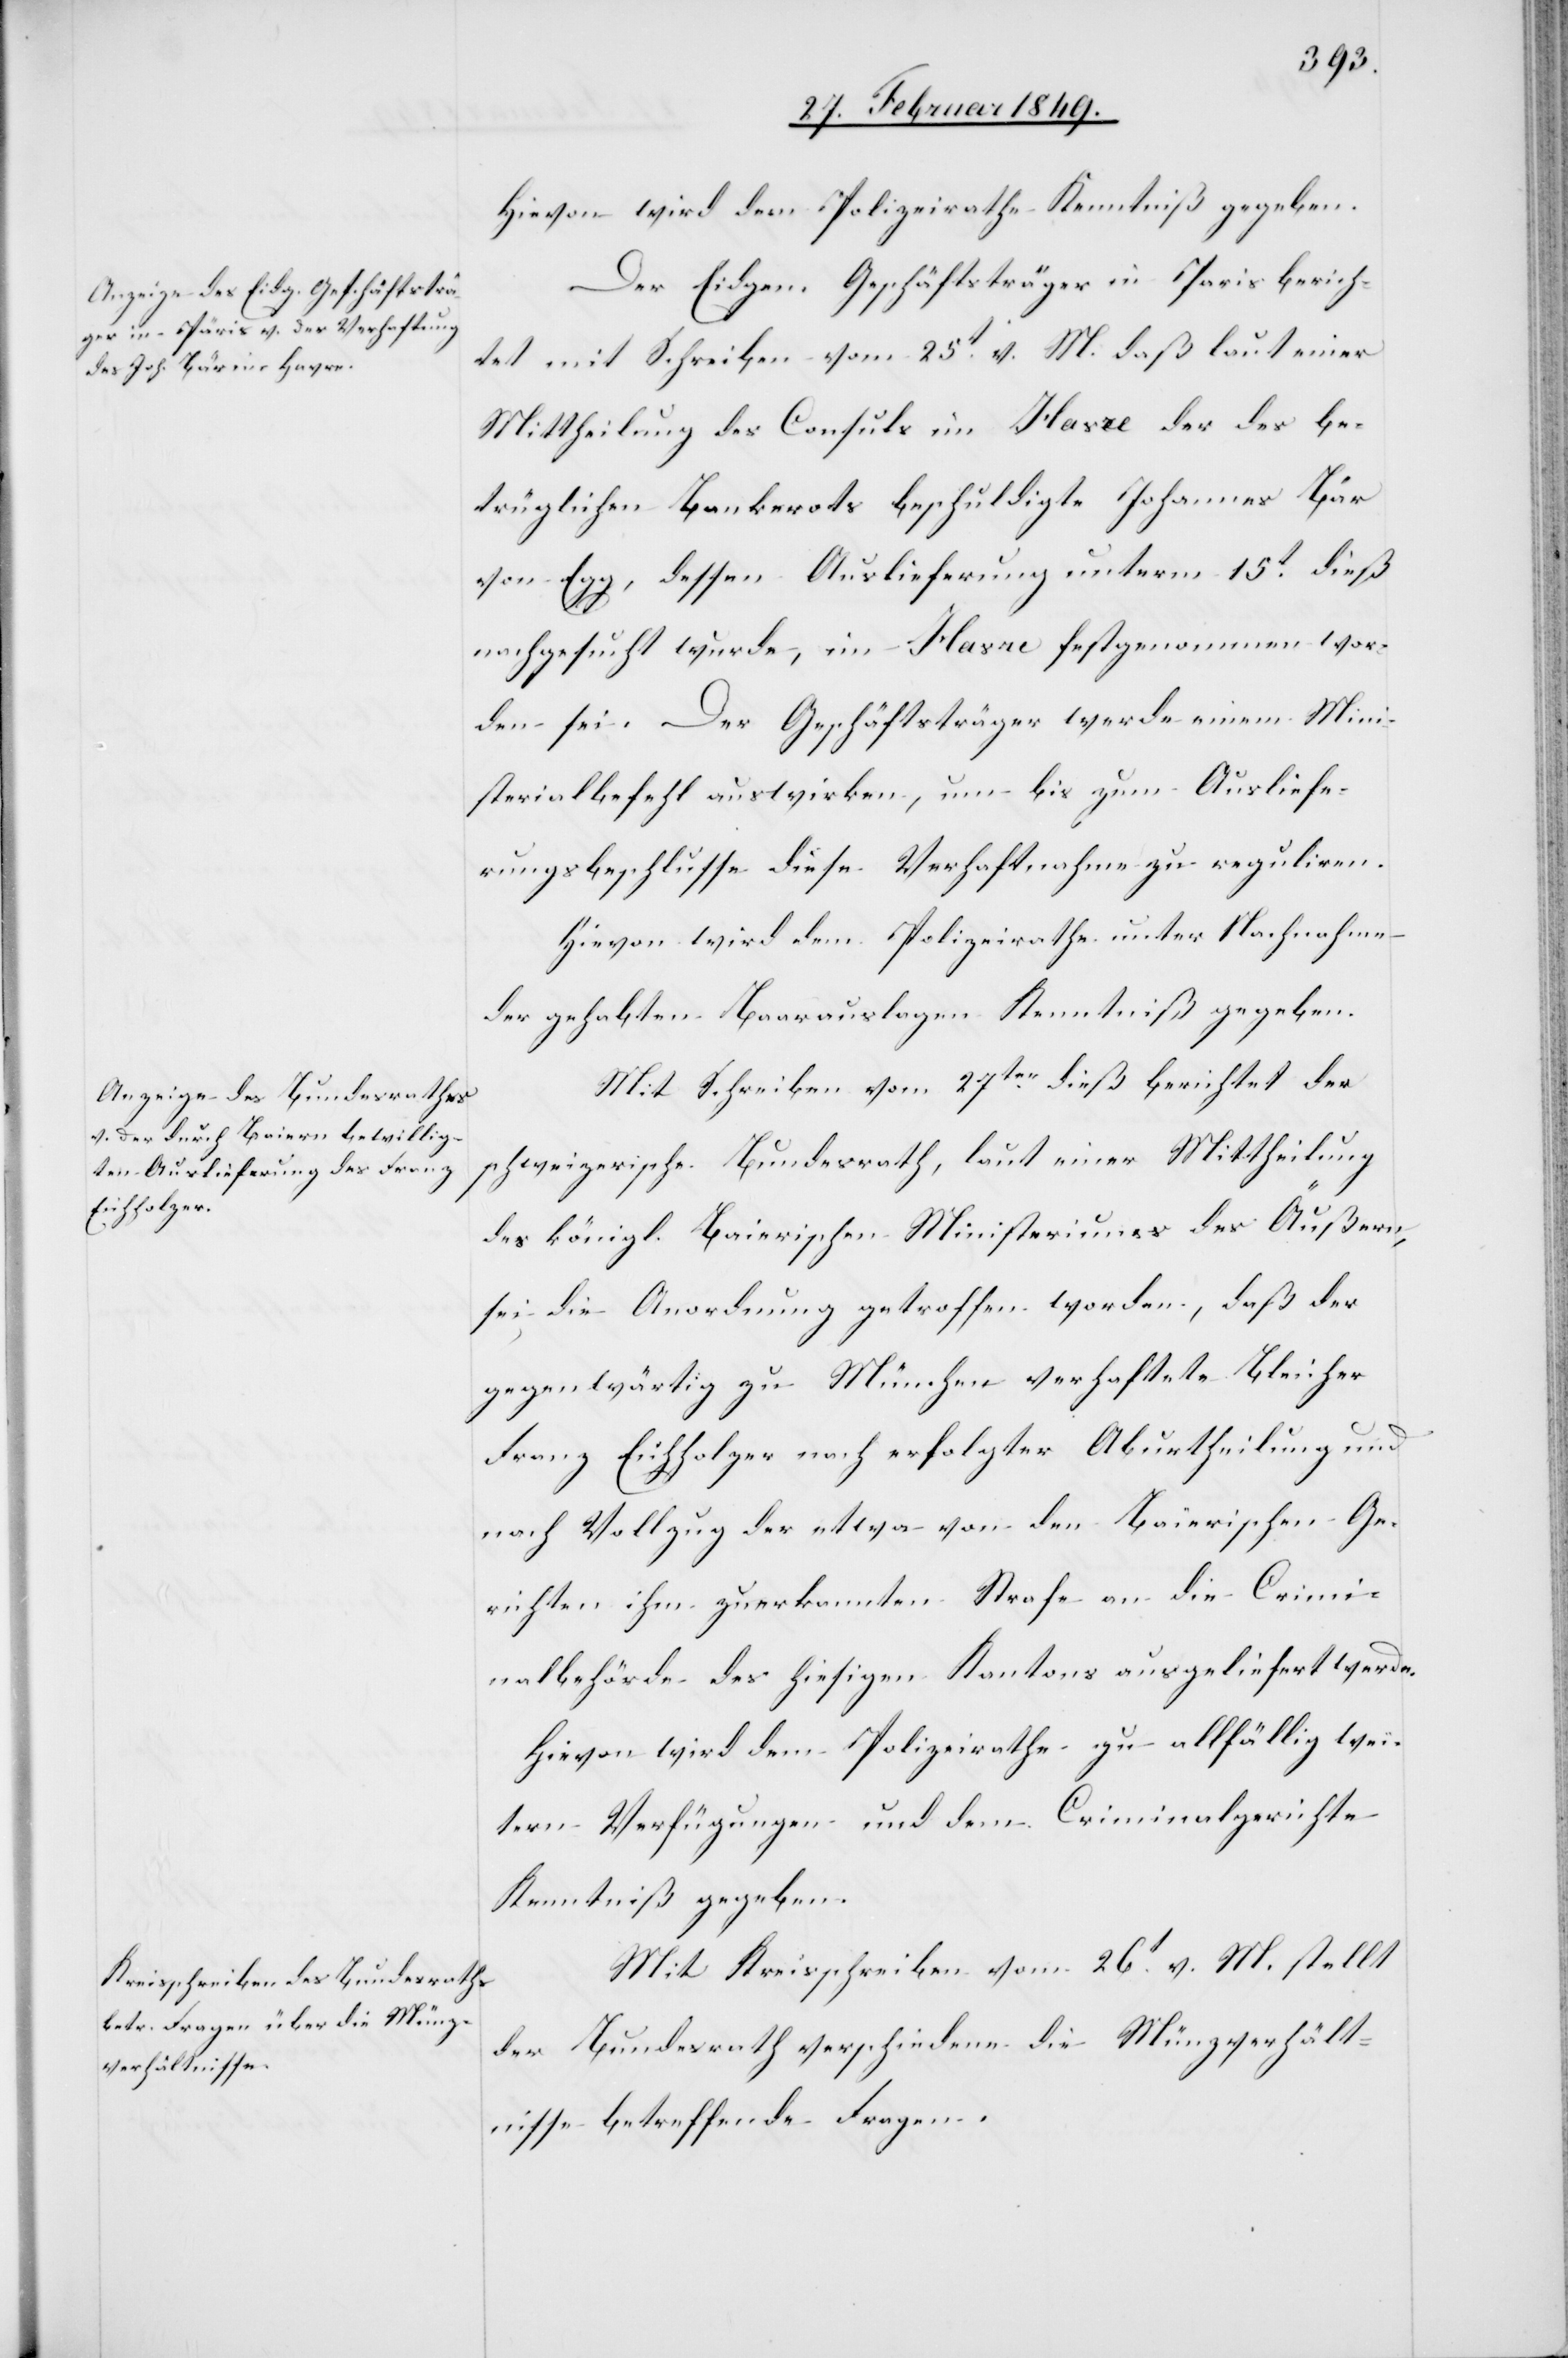
Hievon wird dem Polizeirathe Kenntniß gegeben.
Der Eidgen. Geschäftsträger in Paris berich¬
tet mit Schreiben vom 25t. v. M. daß laut einer
Mittheilung des Consuls im Havre der des be¬
trüglichen Bankerots beschuldigte Johannes Bär
von Egg, dessen Auslieferung unterm 15t. dieß
nachgesucht wurde, im Havre festgenommen wor¬
den sei. Der Geschäftsträger werde einem [sic!] Mini¬
sterialbefehl auswirken, um bis zum Ausliefe¬
rungsbeschlusse diese Verhaftnahme zu reguliren.
Hievon wird dem Polizeirathe unter Nachnahme
der gehabten Baarauslagen Kenntniß gegeben.
Mit Schreiben vom 27ten. dieß berichtet der
schweizerische Bundesrath, laut einer Mittheilung
des königl. Baierischen Ministeriums des Äußern,
sei die Anordnung getroffen worden, daß der
gegenwärtig zu München verhaftete Bleicher
Franz Eichholzer nach erfolgter Aburtheilung und
nach Vollzug der etwa von den Baierischen Ge¬
richten ihm zuerkannten Strafe an die Crimi¬
nalbehörde des hiesigen Kantons ausgeliefert werde.
Hievon wird dem Polizeirathe zu allfällig wei¬
tern Verfügungen und dem Criminalgerichte
Kenntniß gegeben.
Mit Kreisschreiben vom 26t. v. M. stellt
der Bundesrath verschiedene die Münzverhält¬
nisse betreffende Fragen.